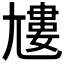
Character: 𡰌